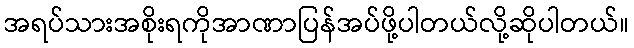
အရပ်သားအစိုးရကိုအာဏာပြန်အပ်ဖို့ပါတယ်လို့ဆိုပါတယ်။